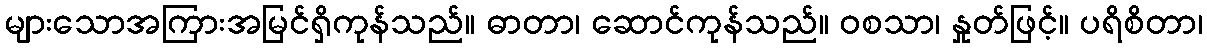
များသောအကြားအမြင်ရှိကုန်သည်။ ဓာတာ၊ ဆောင်ကုန်သည်။ ဝစသာ၊ နှုတ်ဖြင့်။ ပရိစိတာ၊